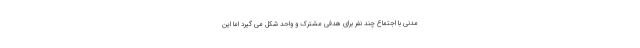
مدنی با اجتماع چند نفر برای هدفی مشترک و واحد شکل می گیرد اما این